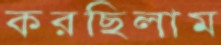
করছিলাম